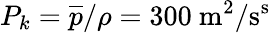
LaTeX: P_{k}=\overline{{p}}/\rho=300~\mathrm{m^{2}/s^{s}}